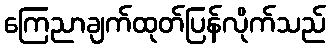
ကြေညာချက်ထုတ်ပြန်လိုက်သည်